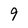
Character: 9